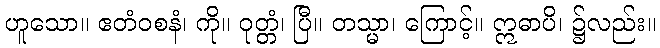
ဟူသော။ ဧတံဝစနံ၊ ကို။ ဝုတ္တံ၊ ပြီ။ တသ္မာ၊ ကြောင့်။ ဣဓာပိ၊ ၌လည်း။